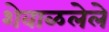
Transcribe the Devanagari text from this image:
शेवाळलेले